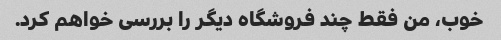
خوب، من فقط چند فروشگاه دیگر را بررسی خواهم کرد.